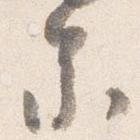
参